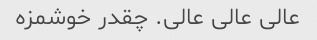
عالی عالی عالی. چقدر خوشمزه